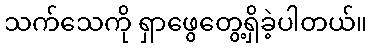
သက်သေကို ရှာဖွေတွေ့ရှိခဲ့ပါတယ်။